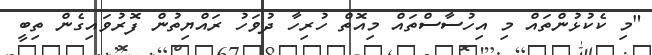
"މި ކެކުޅުންތައް މި އިހުސާސްތައް މިއޮތް ހުރިހާ ދުވަހު ރައްޔިތުން ފޮރުވައިގެން ތިބީ